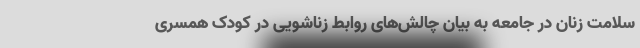
سلامت زنان در جامعه به بیان چالش‌های روابط زناشویی در کودک همسری